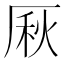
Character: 𠩾